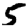
Digit: 5